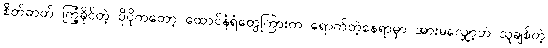
စိတ်ဓာတ် ကြံ့ခိုင်တဲ့ ပိုပိုကတော့ ထောင်နံရံတွေကြားက ရောက်တဲ့နေရာမှာ အားမလျှော့ဘဲ သူချစ်တဲ့